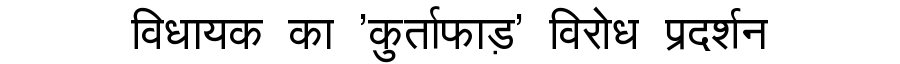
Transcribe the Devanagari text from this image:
विधायक का 'कुर्ताफाड़' विरोध प्रदर्शन